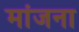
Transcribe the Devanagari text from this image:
मांजना